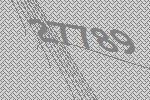
27789